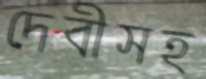
দেবীসহ